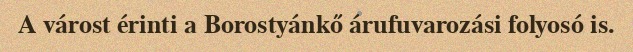
A várost érinti a Borostyánkő árufuvarozási folyosó is.